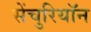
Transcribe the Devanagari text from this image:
सेंचुरियॉन